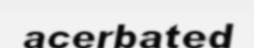
acerbated